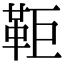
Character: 𩉸